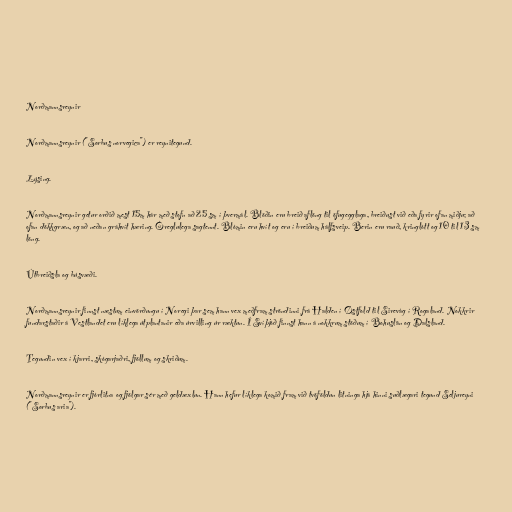
Norðmannsreynir

Norðmannsreynir ("Sorbus norvegica") er reynitegund.

Lýsing.

Norðmannsreynir getur orðið mest 15m hár með stofn að 25 sm í þvermál. Blöðin eru breið aflöng til öfugegglaga, breiðust við eða fyrir ofan miðju; að
ofan dökkgræn, og að neðan gráhvít hæring. Óreglulega sagtennt. Blómin eru hvít og eru í breiðum hálfsveip. Berin eru rauð, kringlótt og 10 til 13 sm
löng.

Útbreiðsla og búsvæði.

Norðmannsreynir finnst næstum einvörðungu í Noregi þar sem hann vex meðfram ströndinni frá Halden í Østfold til Sirevåg í Rogaland. Nokkrir
fundarstaðir á Vestlandet eru líklega útplantanir eða úrvilling úr ræktun. Í Svíþjóð finnst hann á nokkrum stöðum í Bohuslän og Dalsland.

Tegundin vex í kjarri, skógarjaðri, fjöllum og skriðum.

Norðmannsreynir er fjórlitna og fjölgar sér með geldæxlun. Hann hefur líklega komið fram við tvöföldun litninga hjá hinni suðlægari tegund Seljureyni
("Sorbus aria").